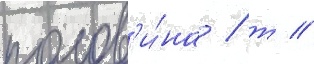
полов'и́на / т //